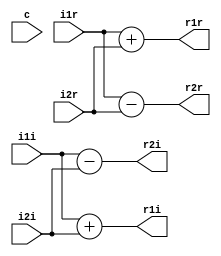
module butterfly_16_1(i1r,i1i,i2r,i2i,c,r1r,r1i,r2r,r2i);
input [0:15]i1r;
input [0:15]i1i;
input [0:15]i2r;
input [0:15]i2i;
input c;
output reg signed [0:15]r1r;
output reg signed [0:15]r2r;
output reg signed [0:15]r1i;
output reg signed [0:15]r2i;

always@(*) 
begin

 r1r <= i1r + i2r;			//real
 r1i <= i1i + i2i;		//imag
 r2r <= i1r - i2r;			//real
 r2i <= i1i - i2i;		//imag
end

endmodule